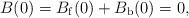
LaTeX: \begin{align*}B(0) = B_{\rm f}(0)+B_{\rm b}(0)=0,\end{align*}